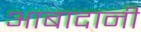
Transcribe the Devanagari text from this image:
आबादानी